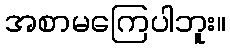
အစာမကြေပါဘူး။